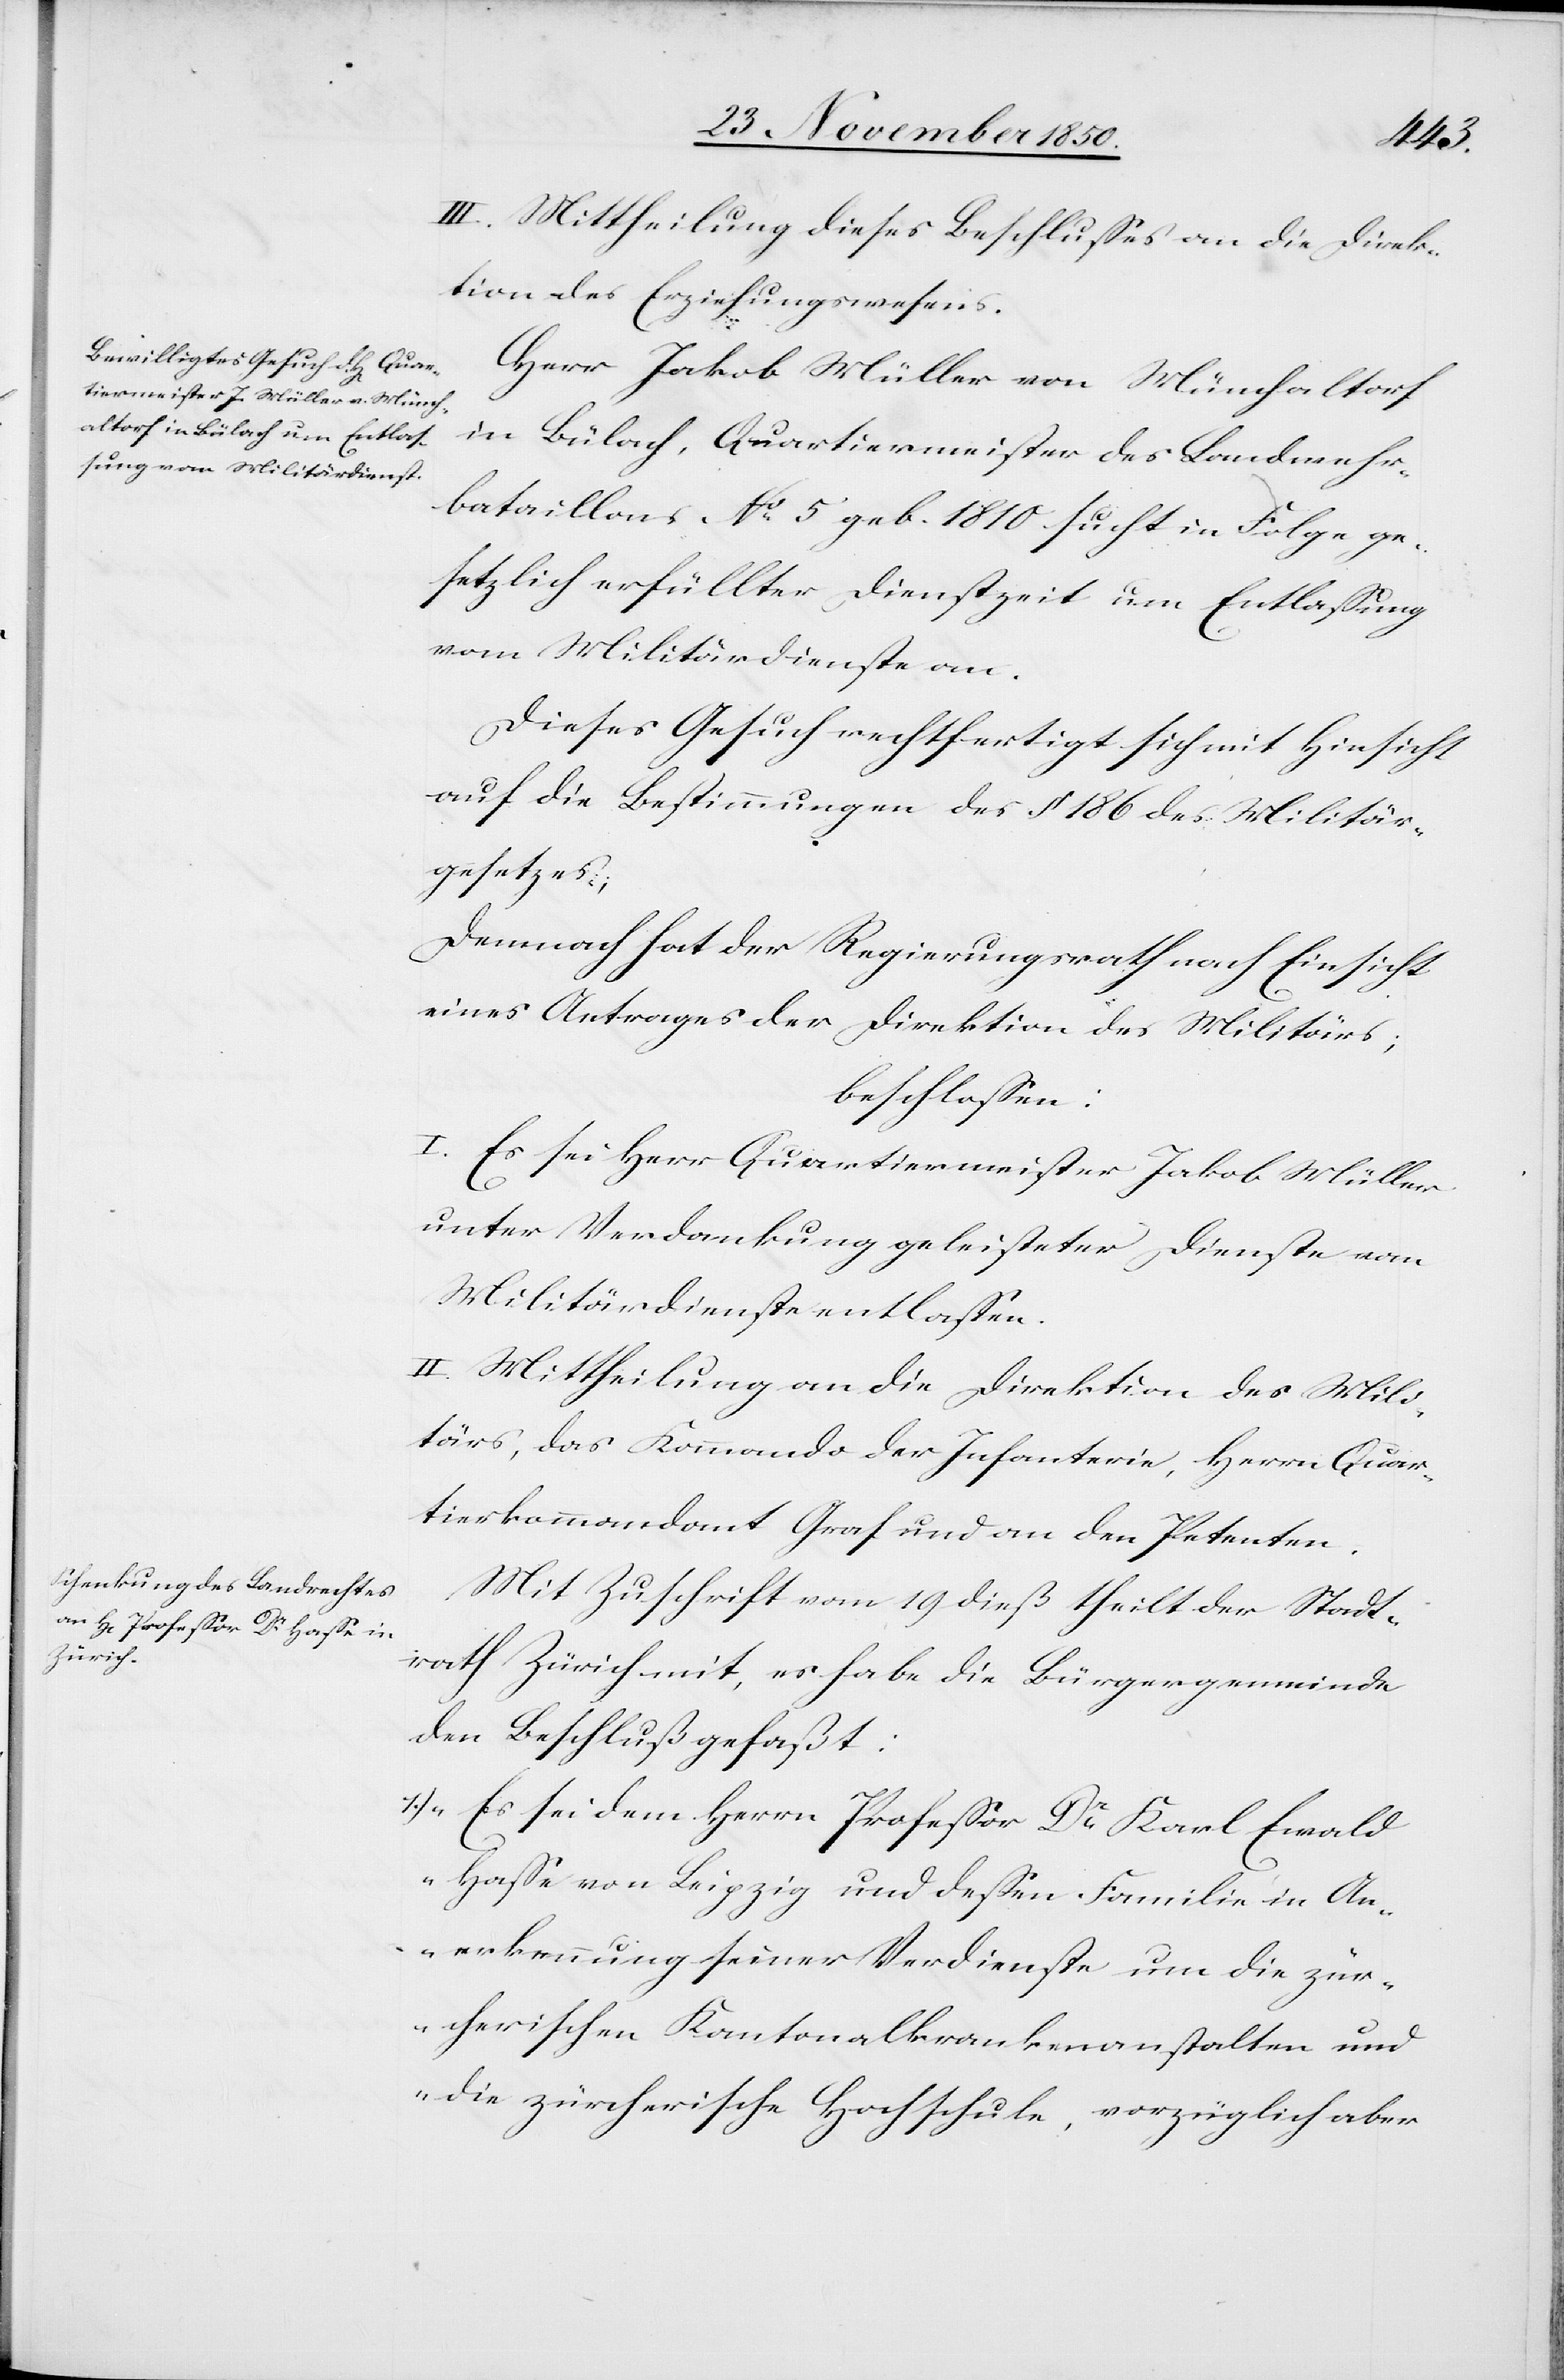
[recte:
II.] Mittheilung dieses Beschlusses an die Direk¬
tion des Erziehungswesens.
Herr Jakob Müller von Münchaltorf
in Bülach, Quartiermeister des Landwehr¬
bataillons No 5 geb. 1810 sucht in Folge ge¬
setzlich erfüllter Dienstzeit um Entlassung
vom Militärdienste an.
Dieses Gesuch rechtfertigt sich mit Hinsicht
auf die Bestimmungen des § 186 des Militär¬
gesetzes;
Demnach hat der Regierungsrath nach Einsicht
eines Antrages der Direktion des Militärs;
beschlossen:
I. Es sei Herr Quartiermeister Jakob Müller
unter Verdankung geleisteter Dienste vom
Militärdienste entlassen.
II. Mittheilung an die Direktion des Mili¬
tärs, das Kommando der Infanterie, Herrn Quar¬
tierkommandant Graf und an den Petenten.
Mit Zuschrift vom 19 dieß theilt der Stadt¬
rath Zürich mit, es habe die Bürgergemeinde
den Beschluß gefaßt:
1.) „Es sei dem Herrn Professor Dr Karl Ewald
Hasse von Leipzig und dessen Familie in An¬
erkennung seiner Verdienste um die zür¬
cherischen Kantonalkrankenanstalten und
die zürcherische Hochschule, vorzüglich aber